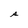
Character: s